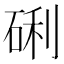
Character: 䂰